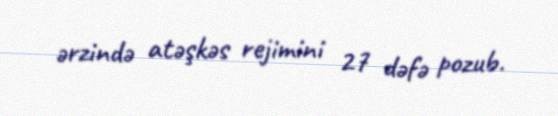
ərzində atəşkəs rejimini 27 dəfə pozub.